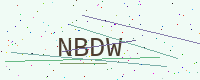
Text: NBDW